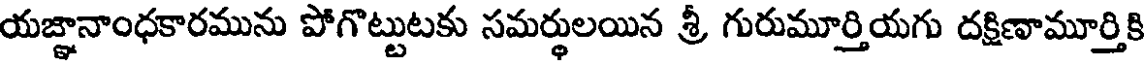
యజ్ఞానాంధకారమును పోగొట్టుటకు సమర్థులయిన శ్రీ గురుమూర్తియగు దక్షిణామూర్తికి